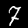
Digit: 7